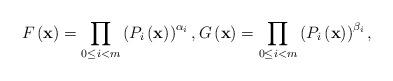
LaTeX: \begin{align*}F\left(\mathbf{x}\right)=\prod_{0\le i<m}\left(P_{i}\left(\mathbf{x}\right)\right)^{\alpha_{i}},G\left(\mathbf{x}\right)=\prod_{0\le i<m}\left(P_{i}\left(\mathbf{x}\right)\right)^{\beta_{i}},\end{align*}